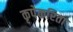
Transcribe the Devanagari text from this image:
कृपेकरिता